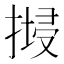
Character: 𢱷